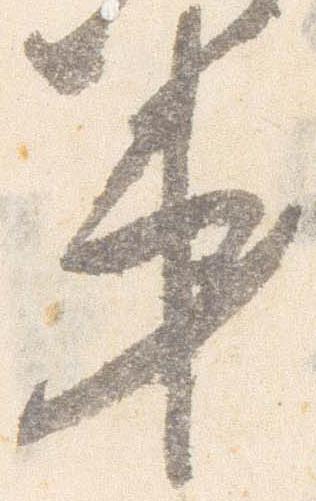
第